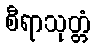
စီရာသုတ္တံ